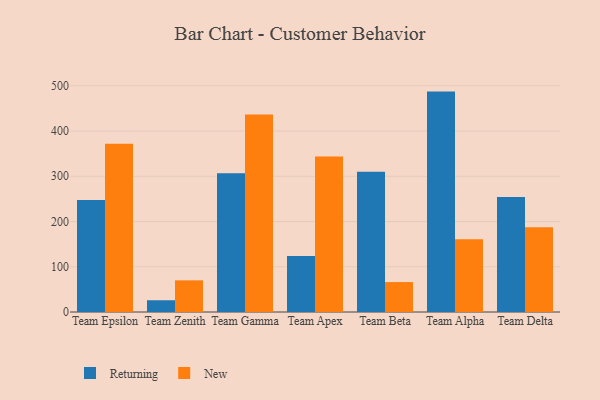
{"axis": {"x": "Team", "y": "Headcount"}, "legend": ["New", "Returning"], "data": [{"x": "Team Epsilon", "y": 247.6, "type": "Returning"}, {"x": "Team Epsilon", "y": 372.0, "type": "New"}, {"x": "Team Zenith", "y": 26.0, "type": "Returning"}, {"x": "Team Zenith", "y": 70.0, "type": "New"}, {"x": "Team Gamma", "y": 306.8, "type": "Returning"}, {"x": "Team Gamma", "y": 436.4, "type": "New"}, {"x": "Team Apex", "y": 123.6, "type": "Returning"}, {"x": "Team Apex", "y": 343.5, "type": "New"}, {"x": "Team Beta", "y": 310.3, "type": "Returning"}, {"x": "Team Beta", "y": 66.2, "type": "New"}, {"x": "Team Alpha", "y": 487.2, "type": "Returning"}, {"x": "Team Alpha", "y": 160.7, "type": "New"}, {"x": "Team Delta", "y": 254.3, "type": "Returning"}, {"x": "Team Delta", "y": 187.4, "type": "New"}]}